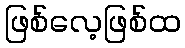
ဖြစ်လေ့ဖြစ်ထ